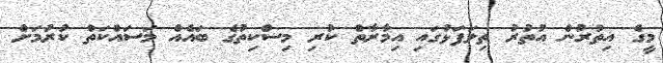
މީގެ އިތުރުން އުތުރު ތިލަފަޅުގައި އިމާރާތް ކުރި މިސްކިތުގެ ބައެއް މަސައްކަތް ކުރުމަށް